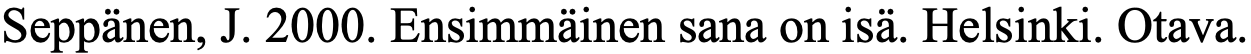
Seppänen, J. 2000. Ensimmäinen sana on isä. Helsinki. Otava.